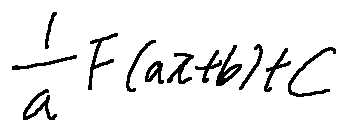
\frac { 1 } { a } F ( a x + b ) + C